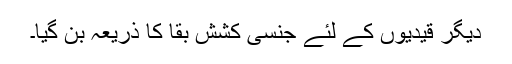
دیگر قیدیوں کے لئے جنسی کشش بقا کا ذریعہ بن گیا۔